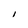
Character: I